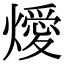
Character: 燰